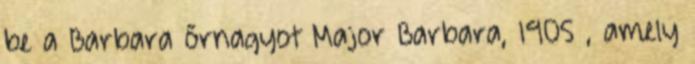
be a Barbara őrnagyot Major Barbara, 1905 , amely